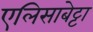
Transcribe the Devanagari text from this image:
एलिसाबेट्टा